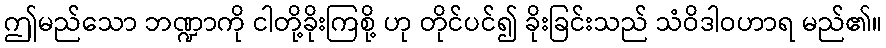
ဤမည်သော ဘဏ္ဍာကို ငါတို့ခိုးကြစို့ ဟု တိုင်ပင်၍ ခိုးခြင်းသည် သံဝိဒါဝဟာရ မည်၏။